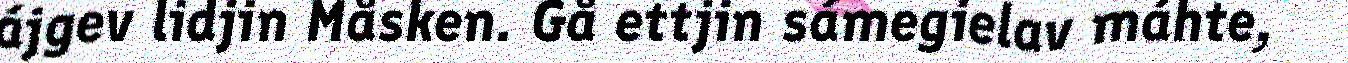
ájgev lidjin Måsken. Gå ettjin sámegielav máhte,